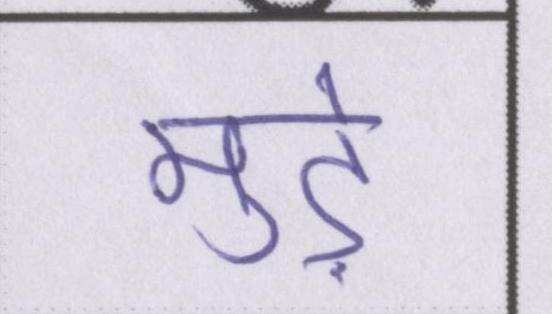
मुड़े